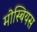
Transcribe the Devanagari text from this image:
मोस्बियस